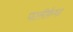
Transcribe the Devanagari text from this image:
पालीफ़ेगा